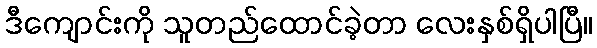
ဒီကျောင်းကို သူတည်ထောင်ခဲ့တာ လေးနှစ်ရှိပါပြီ။